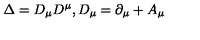
\Delta = D _ { \mu } D ^ { \mu } , D _ { \mu } = \partial _ { \mu } + A _ { \mu }